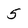
Character: 5